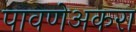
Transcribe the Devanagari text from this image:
पावणेअकरा